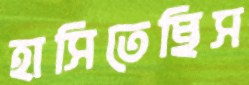
হাসিতেছিস